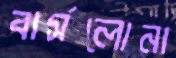
বার্সলোনা